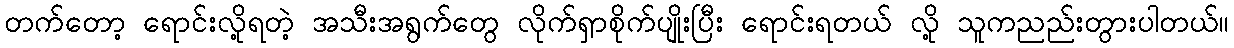
တက်တော့ ရောင်းလို့ရတဲ့ အသီးအရွက်တွေ လိုက်ရှာစိုက်ပျိုးပြီး ရောင်းရတယ် လို့ သူကညည်းတွားပါတယ်။